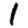
Digit: 1